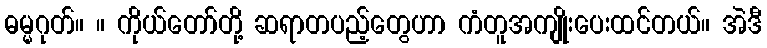
ဓမ္မဂုတ်။ ။ ကိုယ်တော်တို့ ဆရာတပည့်တွေဟာ ကံတူအကျိုးပေးထင်တယ်။ အဲဒီ